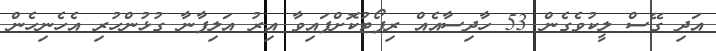
އަދި ގޭސް ލީކުވެގެން 53 ހާދިސާއެއް ރިޕޯޓުކޮށްފައިވާ އިރު އަލިފާނާ ގުޅުންހުރި އެހެނިހެން